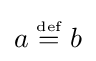
a\mathrel {\stackrel {\scriptscriptstyle \mathrm {def} }{=}} b